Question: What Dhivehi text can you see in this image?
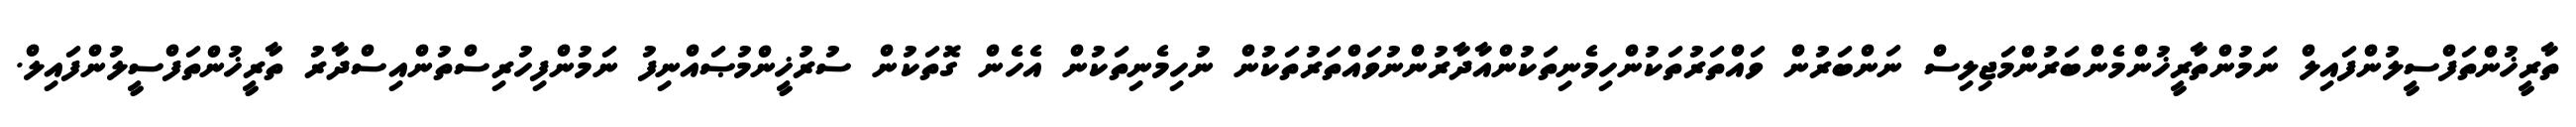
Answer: ތާރީޚުންތަފްސީލުންފައިލް ނަމުންތާރީޚުންމެންބަރުންމަޖިލިސް ނަންބަރުން ވައްތަރުތަކުންހިމެނިތަކުންއާދާރުންނުވައްތަރުތަކުން ނުހިމެނިތަކުން އެހެން ގޮތަކުން ސުރުޚީންމުޞައްނިފު ނަމުންފިހުރިސްތުންއިސްދާރު ތާރީޚުންތަފްސީލުންފައިލް.